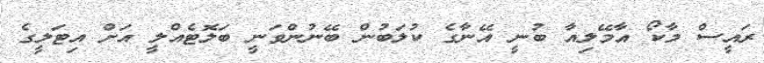
ރައީސް މާކޯ އާމޭލިއާ ބުނީ އޭނާގެ ކުލަބުން ބޭނުންވަނީ ބަލޮޓެއްލީ އަށް އިޓަލީގެ